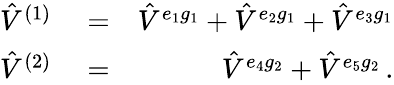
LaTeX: \begin{array}{rlr}{{\hat{V}}^{(1)}}&{{}=}&{{\hat{V}}^{e_{1}g_{1}}+{\hat{V}}^{e_{2}g_{1}}+{\hat{V}}^{e_{3}g_{1}}}\\ {{\hat{V}}^{(2)}}&{{}=}&{{\hat{V}}^{e_{4}g_{2}}+{\hat{V}}^{e_{5}g_{2}}\, .}\end{array}